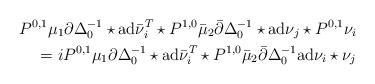
LaTeX: \begin{align*} P^{0,1}\mu_1\partial\Delta^{-1}_0\star{\rm ad}\bar\nu_i^T\star P^{1,0}\bar\mu_2\bar\partial\Delta^{-1}_0\star{\rm ad}\nu_j\star P^{0,1}\nu_i\\=i P^{0,1}\mu_1\partial\Delta^{-1}_0\star{\rm ad}\bar\nu_i^T\star P^{1,0}\bar\mu_2\bar\partial\Delta^{-1}_0{\rm ad}\nu_i\star \nu_j\end{align*}